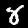
Label: 8